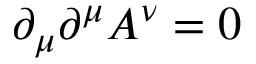
\partial _ { \mu } \partial ^ { \mu } A ^ { \nu } = 0